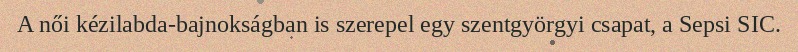
A női kézilabda-bajnokságban is szerepel egy szentgyörgyi csapat, a Sepsi SIC.